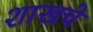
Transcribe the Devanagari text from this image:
शाखचे